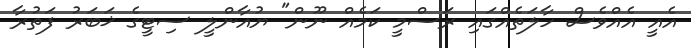
އެއީ އެއްވެސް ހާލަތެއްގައި ރަސްމީ ކަމެއް ނޫން" ޔުއާންލީ ސިޓީގެ ޚަބަރު ފަތުރާ